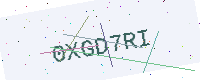
Text: 0XGD7RI